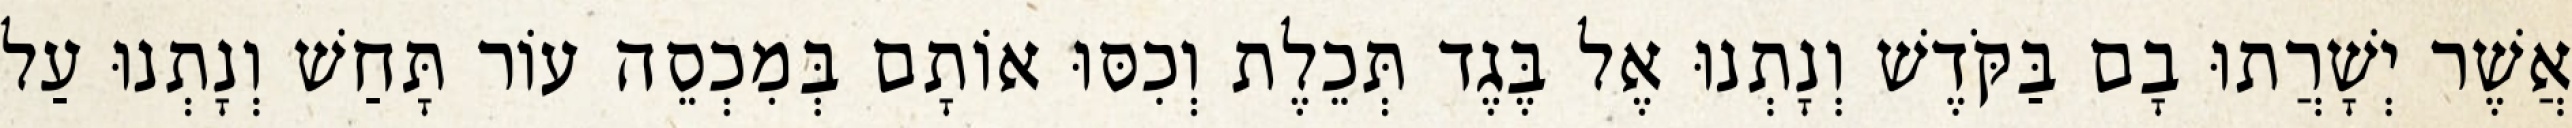
אֲשֶׁר יְשָׁרֲתוּ בָם בַּקֹּדֶשׁ וְנָתְנוּ אֶל בֶּגֶד תְּכֵלֶת וְכִסּוּ אוֹתָם בְּמִכְסֵה עוֹר תָּחַשׁ וְנָתְנוּ עַל